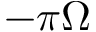
- \pi \Omega